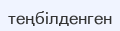
теңбілденген